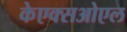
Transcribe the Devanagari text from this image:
केएक्सओएल